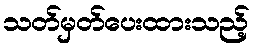
သတ်မှတ်ပေးထားသည့်